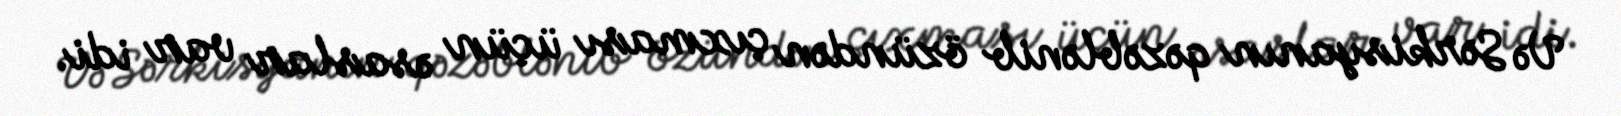
Və Sərkisyanın qəzəblənib özündən çıxması üçün əsaslar var idi.